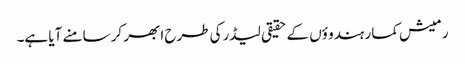
رمیش کمار ہندو ؤں کے حقیقی لیڈرکی طرح ابھر کر سامنے آیا ہے۔